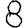
Digit: 8